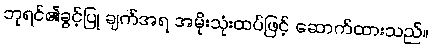
ဘုရင်၏ခွင့်ပြု ချက်အရ အမိုးသုံးထပ်ဖြင့် ဆောက်ထားသည်။